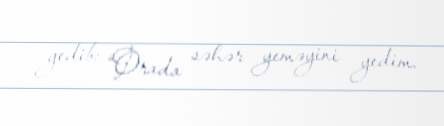
gedib: “Orada səhər yeməyini yedim.